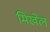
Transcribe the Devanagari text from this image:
मिखेल